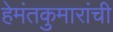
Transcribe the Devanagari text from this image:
हेमंतकुमारांची